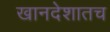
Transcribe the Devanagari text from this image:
खानदेशातच